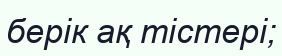
берік ақ тістері;